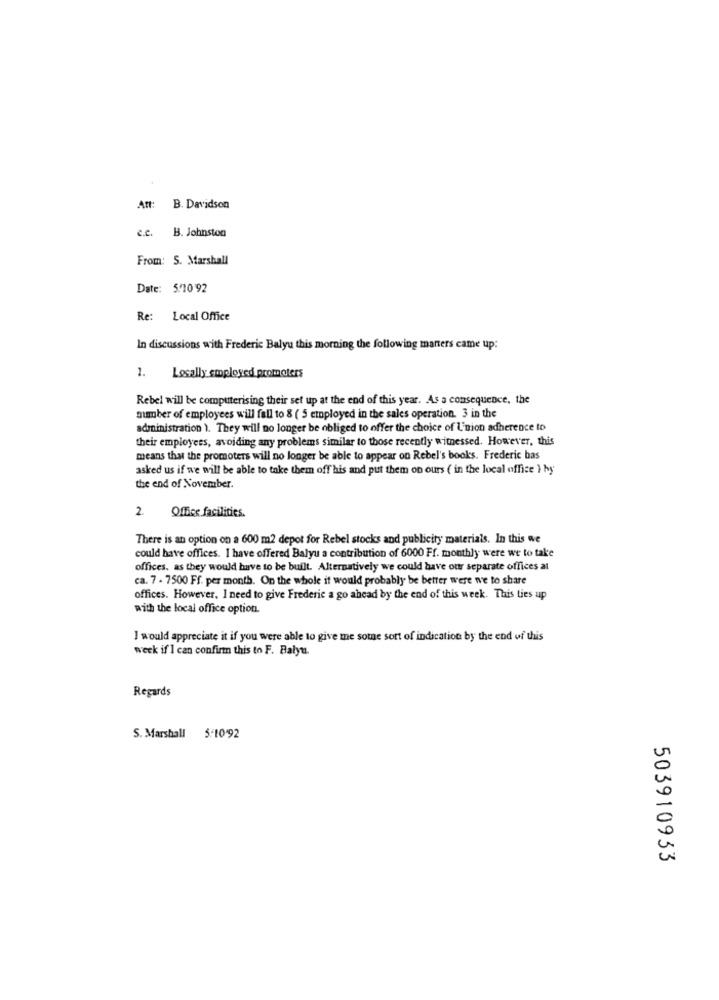
Att: B. Davidson
c.c. B. Johnston
From: S. Marshall
Date: 5/10 92
Re: Local Office
In discussions with Frederic Balyu this morning the following manters came up:
1. Locally employed promoters
Rebel will be computerising their set up at the end of this year. As a consequence, the
member of employees will fall to 8 ( 5 employed in the sales operation. 3 in the
administration ). They will no longer be obliged to offer the choice of Union adherence to
their employees, avoiding any problems similar to those recently witnessed. However, this
means that the promoters will no longer be able to appear on Rebel's books. Frederic bas
asked us if we will be able to take them off his and put them on ours ( in the local office } by'
the end of November.
2.
Office facilities.
There is an option on a 600 m2 depot for Rebel stocks and publicity materials. In this we
could have offices. I have offered Balyu a contribution of 6000 Ff. monthly were we to take
offices. as they would have to be built. Alternatively we could have our separate offices al
ca. 7 - 7500 Ff. per month. On the whole it would probably be better were we to share
offices. However, I need to give Frederic a go ahead by the end of this week. This ties up
with the local office option.
I would appreciate it if you were able to give me some sort of indication by the end of this
week if I can confirm this to F. Balyt.
Regards
S. Marshall 5-10'92
503910933